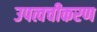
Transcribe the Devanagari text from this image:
उपत्वचीकरण